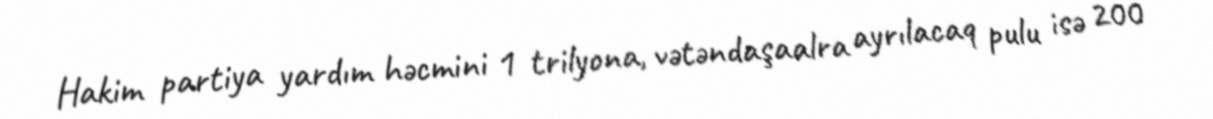
Hakim partiya yardım həcmini 1 trilyona, vətəndaşaalra ayrılacaq pulu isə 200